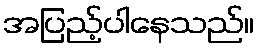
အပြည့်ပါနေသည်။